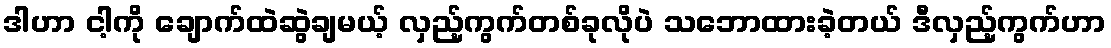
ဒါဟာ ငါ့ကို ချောက်ထဲဆွဲချမယ့် လှည့်ကွက်တစ်ခုလိုပဲ သဘောထားခဲ့တယ် ဒီလှည့်ကွက်ဟာ